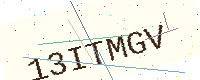
Text: 13ITMGV